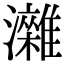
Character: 𤄖